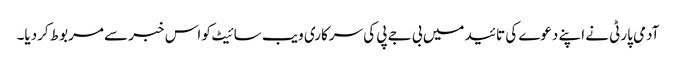
آدمی پارٹی نے اپنے دعوے کی تائید میں بی جے پی کی سرکاری ویب سائیٹ کو اس خبر سے مربوط کردیا۔